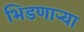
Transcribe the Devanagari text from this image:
भिडणार्‍या